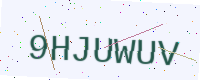
Text: 9HJUWUV